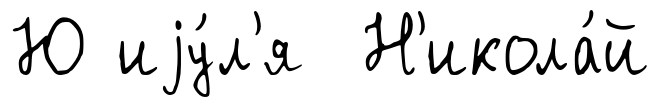
Ю иjу́л'я Н'икола́й